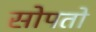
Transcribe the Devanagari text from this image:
सोपतो